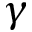
\gamma